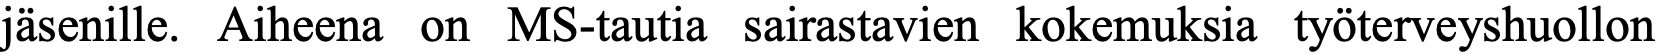
jäsenille. Aiheena on MS-tautia sairastavien kokemuksia työterveyshuollon